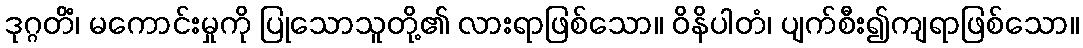
ဒုဂ္ဂတိံ၊ မကောင်းမှုကို ပြုသောသူတို့၏ လားရာဖြစ်သော။ ဝိနိပါတံ၊ ပျက်စီး၍ကျရာဖြစ်သော။